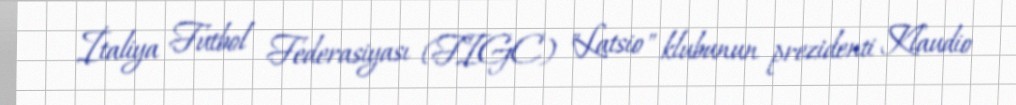
İtaliya Futbol Federasiyası (FIGC) "Latsio" klubunun prezidenti Klaudio